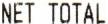
NET TOTAL